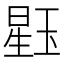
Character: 𪻹